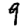
Digit: 9